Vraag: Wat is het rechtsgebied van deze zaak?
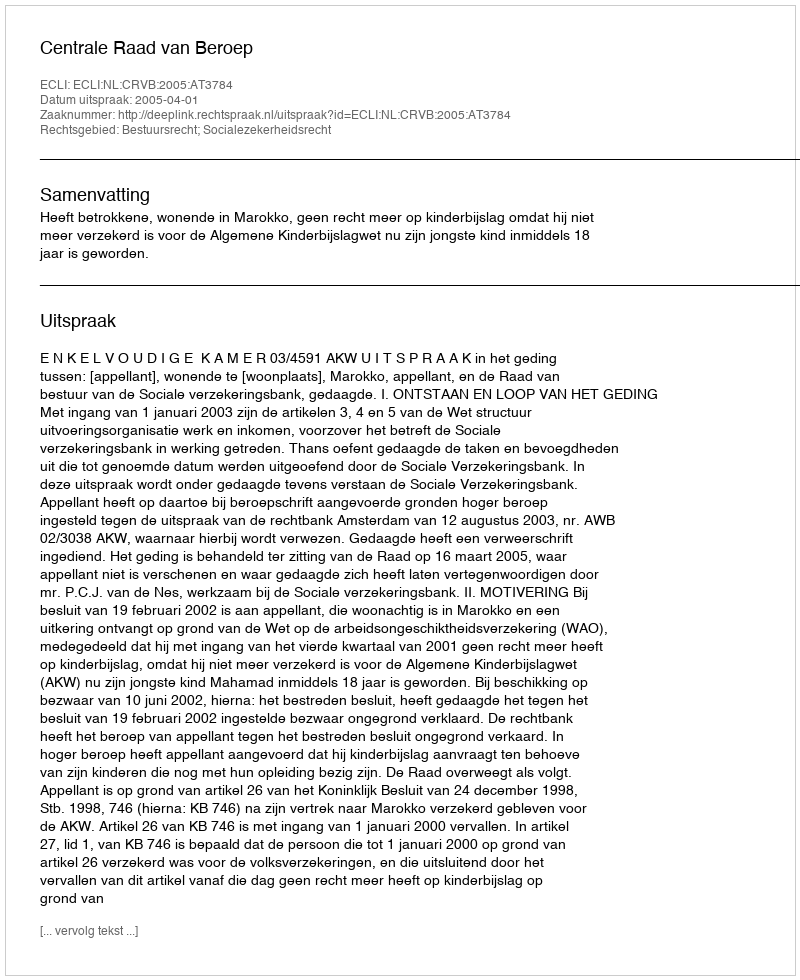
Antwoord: Bestuursrecht; Socialezekerheidsrecht